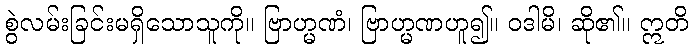
စွဲလမ်းခြင်းမရှိသောသူကို။ ဗြာဟ္မဏံ၊ ဗြာဟ္မဏဟူ၍။ ဝဒါမိ၊ ဆို၏။ ဣတိ